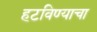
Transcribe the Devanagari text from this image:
हटविण्याचा